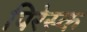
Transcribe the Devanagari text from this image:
पिरेस्क